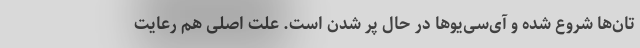
تان‌ها شروع شده و آی‌سی‌یوها در حال پر شدن است. علت اصلی هم رعایت